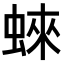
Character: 𧍍